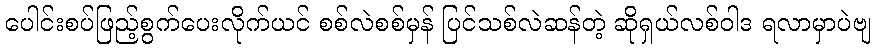
ပေါင်းစပ်ဖြည့်စွက်ပေးလိုက်ယင် စစ်လဲစစ်မှန် ပြင်သစ်လဲဆန်တဲ့ ဆိုရှယ်လစ်ဝါဒ ရလာမှာပဲဗျ